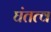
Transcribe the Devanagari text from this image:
घंतत्व